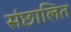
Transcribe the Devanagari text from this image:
संछालित